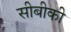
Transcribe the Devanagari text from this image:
सीबीकी